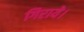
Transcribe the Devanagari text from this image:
गिराये।